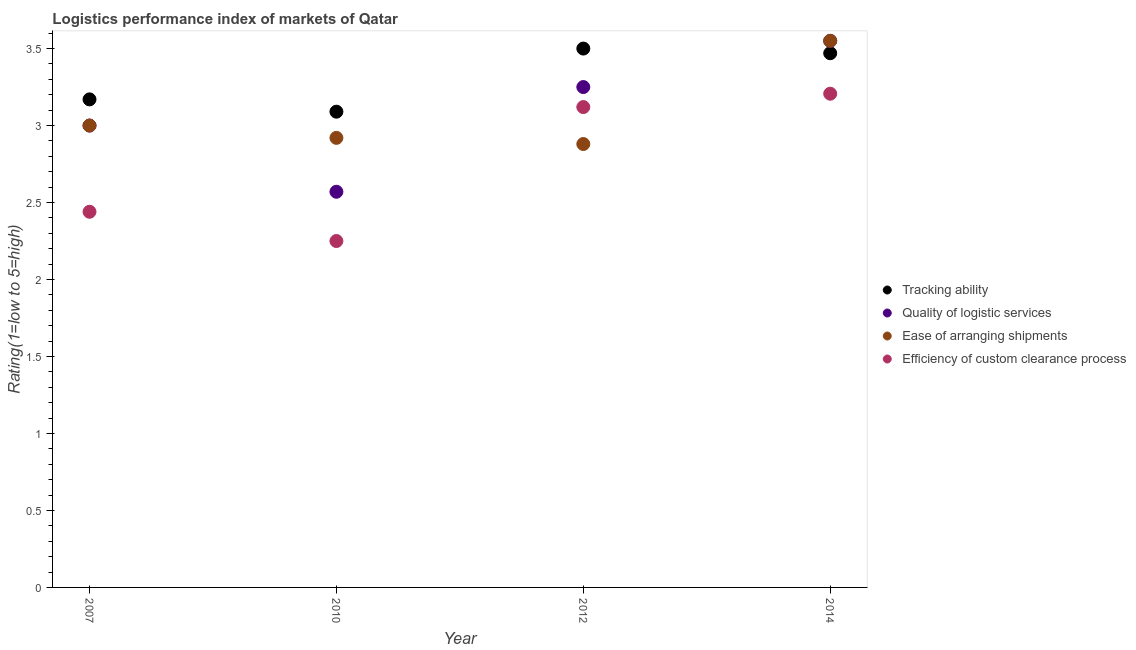
| Year | Tracking ability | Quality of logistic services | Ease of arranging shipments | Efficiency of custom clearance process |
 | --- | --- | --- | --- | --- |
 | 2007 | 3.17 | 3 | 3 | 2.44 |
 | 2010 | 3.09 | 2.57 | 2.92 | 2.25 |
 | 2012 | 3.5 | 3.25 | 2.88 | 3.12 |
 | 2014 | 3.47 | 3.55 | 3.55 | 3.21 |